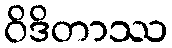
ဝိဒိတာဿ